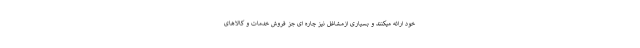
خود ارائه میکنند و بسیاری ازمشاغل نیز چاره ای جز فروش خدمات و کالاهای